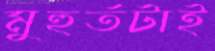
মুহুর্তটাই